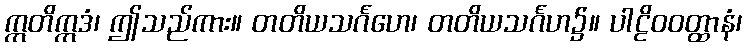
ဣတိဣဒံ၊ ဤသည်ကား။ တတိယသင်္ဂဟေ၊ တတိယသင်္ဂဟ၌။ ပါဠိဝဝတ္ထာနံ၊